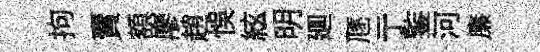
拘賣額廖趙悞絃明廽豗亍鍳河廉